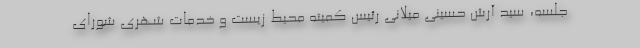
جلسه، سید آرش حسینی میلانی رئیس کمیته محیط زیست و خدمات شهری شورای